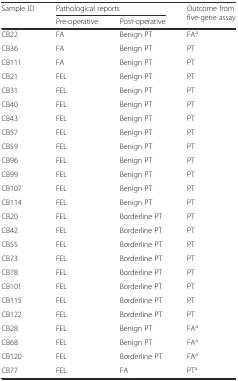
<table><thead><tr><td rowspan="2"><b>Sample ID</b></td><td colspan="2"><b>Pathological reports</b></td><td rowspan="2"><b>Outcome from five-gene assay</b></td></tr><tr><td><b>Pre-operative</b></td><td><b>Post-operative</b></td></tr></thead><tbody><tr><td>CB22</td><td>FA</td><td>Benign PT</td><td>FA<sup>a</sup></td></tr><tr><td>CB36</td><td>FA</td><td>Benign PT</td><td>PT</td></tr><tr><td>CB111</td><td>FA</td><td>Benign PT</td><td>PT</td></tr><tr><td>CB21</td><td>FEL</td><td>Benign PT</td><td>PT</td></tr><tr><td>CB31</td><td>FEL</td><td>Benign PT</td><td>PT</td></tr><tr><td>CB40</td><td>FEL</td><td>Benign PT</td><td>PT</td></tr><tr><td>CB43</td><td>FEL</td><td>Benign PT</td><td>PT</td></tr><tr><td>CB57</td><td>FEL</td><td>Benign PT</td><td>PT</td></tr><tr><td>CB59</td><td>FEL</td><td>Benign PT</td><td>PT</td></tr><tr><td>CB96</td><td>FEL</td><td>Benign PT</td><td>PT</td></tr><tr><td>CB99</td><td>FEL</td><td>Benign PT</td><td>PT</td></tr><tr><td>CB107</td><td>FEL</td><td>Benign PT</td><td>PT</td></tr><tr><td>CB114</td><td>FEL</td><td>Benign PT</td><td>PT</td></tr><tr><td>CB20</td><td>FEL</td><td>Borderline PT</td><td>PT</td></tr><tr><td>CB42</td><td>FEL</td><td>Borderline PT</td><td>PT</td></tr><tr><td>CB55</td><td>FEL</td><td>Borderline PT</td><td>PT</td></tr><tr><td>CB73</td><td>FEL</td><td>Borderline PT</td><td>PT</td></tr><tr><td>CB78</td><td>FEL</td><td>Borderline PT</td><td>PT</td></tr><tr><td>CB101</td><td>FEL</td><td>Borderline PT</td><td>PT</td></tr><tr><td>CB115</td><td>FEL</td><td>Borderline PT</td><td>PT</td></tr><tr><td>CB122</td><td>FEL</td><td>Borderline PT</td><td>PT</td></tr><tr><td>CB28</td><td>FEL</td><td>Benign PT</td><td>FA<sup>a</sup></td></tr><tr><td>CB68</td><td>FEL</td><td>Benign PT</td><td>FA<sup>a</sup></td></tr><tr><td>CB120</td><td>FEL</td><td>Borderline PT</td><td>FA<sup>a</sup></td></tr><tr><td>CB77</td><td>FEL</td><td>FA</td><td>PT<sup>a</sup></td></tr></tbody></table>